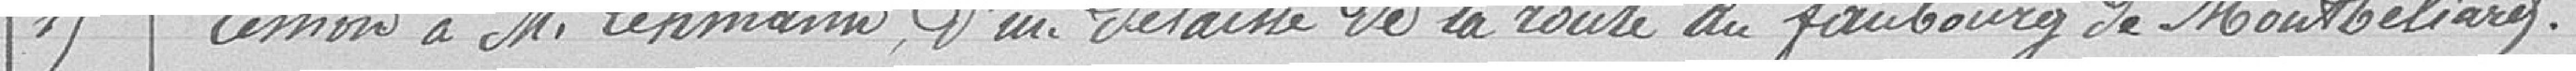
15. Cession à Monsieur LEHMANN, d'un délaissé de la route au faubourg de Montbéliard